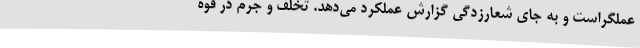
عملگراست و به جای شعارزدگی گزارش عملکرد می‌دهد. تخلف و جرم در قوه